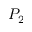
P _ { 2 }